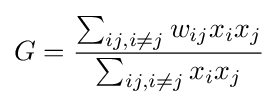
G={\frac {\sum _{ij,i\neq j}w_{ij}x_{i}x_{j}}{\sum _{ij,i\neq j}x_{i}x_{j}}}